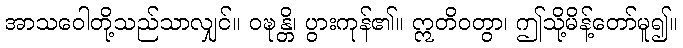
အာသဝေါတို့သည်သာလျှင်။ ဝဍ္ဎန္တိ၊ ပွားကုန်၏။ ဣတိဝတွာ၊ ဤသို့မိန့်တော်မူ၍။